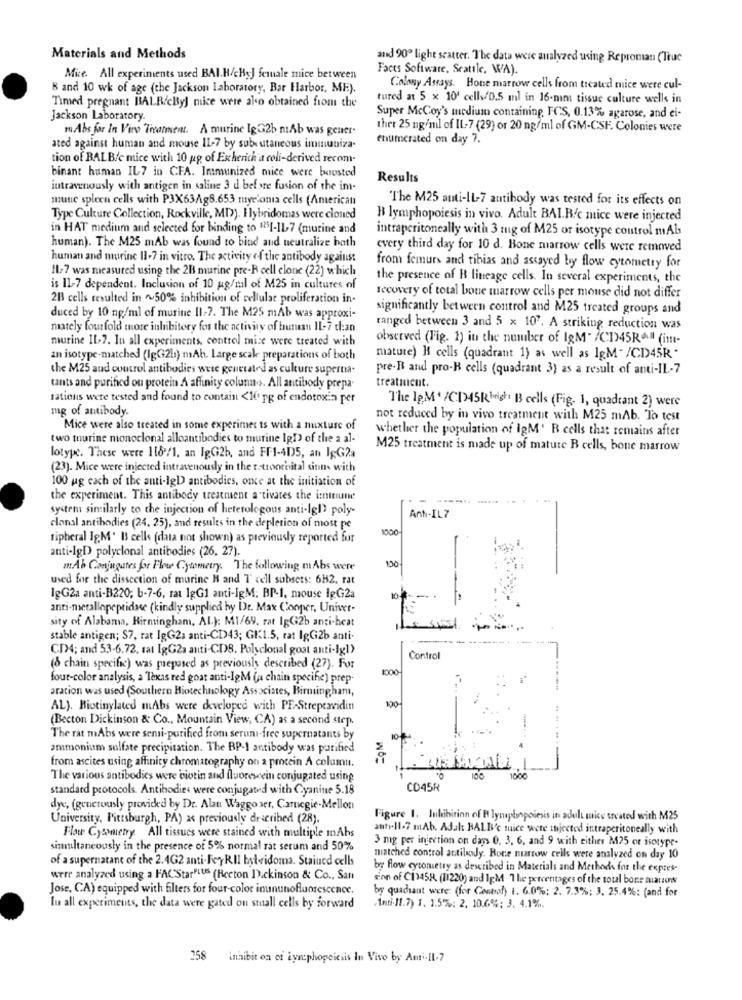
Materials and Methods
and 90º light scatter. The data were analyzed using Reproman (True
Facts Software, Seattle, WA).
Mice. All experiments used BAI.H/cHyJ female mice between
B and 10 wk of age (the Jackson laboratory, Bar Harbor, ME).
Colony Assays. Bone marrow cells from ticated mice were cul-
Timed pregnant BALR/cByl mice were ako obtained from the
tured at 5 x 10' cells/0.5 ml in 16-mim tissue culture wells in
Jackson Laboratory.
Super McCoy's medium containing, FCS, 0.13% agarose, and ei-
mi Abs for In Vir Treatment. A murine IgG2b mAb was gener.
ther 25 ng/mil of IL-7 (29) or 20 ng/ml of GM-CSF. Colonies were
enumerated on day 7.
ated against human and mouse 11-7 by sub utaneous immuniza-
tion of BALB/c mice with 10 ug of Escherich a celi-derived recom-
binant human IL-7 in CFA. Immunized mice were boosted
Results
intravenously with antigen in saline 3 d bel sre fusion of the im-
mune spleen cells with P3X63Ag8.653 muyelonia cells (American
The M25 anti-IL-7 antibody was tested for its effects on
Type Culture Collection, Rockville, MD). Ilybridomas were cloned
B lymphopoiesis in vivo. Adult BAI.R/c mice were injected
in HAT medium and selected for binding to 125[-11-7 (murine and
intraperitoneally with 3 mg of M25 or isotype control mAb
human). The M25 mAb was found to bind and neutralize both
every third day for 10 d. Bone marrow cells were removed
human and murine 11-7 in vitro. The activity of the antibody against
Il-7 was measured using the 2H murine pre-R cell clone (22) which
from femurs and tibias and assayed by flow cytometry for
the presence of I lineage cells. In several experiments, the
is 11-7 dependent. Inclusion of 10 g/ml of M25 in cultures of
2B cells resulted in ~50% inhibition of cellular proliferation in-
recovery of total bone marrow cells per mouse did not differ
significantly between control and M25 treated groups and
duced by 10 ng/ml of murine 11-7. The M25 mAb was approxi-
mately fourfold more inhibitory for the activity of buman IL-7 than
ranged between 3 and 5 x 107. A striking reduction was
murine IL-7. In all experiments, control mice were treated with
observed (Fig. 1) in the number of IgM" /CI45R*" (im-
an isotype-matched (lgG2b) mAh. Large scale preparations of both
mature) Hi cells (quadrant 1) as well as IgM"/CD45R "
the M25 and control antibodies were generated as culture superna-
pre-B and pro-B cells (quadrant 3) as a result of anti-IL-7
tants and purified ou protein A affinity colunas. All antibody prepa-
treatiucut.
tations were tested and found to contain <10 pg of endotoxin per
The IgM' /CD45Right B cells (Fig. 1, quadrant 2) were
mg of antibody.
not reduced by in vivo treatment with M25 mAb. To test
Mice were also treated in some experimet ts with a mixture of
whether the population of IgM' R cells that remains after
two tourine monoclonal alloantibodies to murine IgD of the a al-
M25 treatment is made up of mature B cells, bone marrow
lotype. These were 1187/1, an IgG2b, and FF1-4D5, an IgG2a
(23). Mice were injected intravenously in the t-troorbital sinn with
100 ug each of the anti-IgD antibodies, once at the initiation of
the experiment. This antibody treatment activates the intenune
system similarly to the injection of heterologous anti-lg!) poly-
Anti-IL7
clonal antibodies (24. 25), and results in the depletion of most pe
1000
ripheral IgM' IS cells (data not shown) as previously reported for
anti-IgD polyclonal antibodies (26, 27).
m.Ab Conjugates for Flow Cytometry. The following m Abs were
used for the dissection of murine H and T cell subsets: 6H2, rat
lgG2a anti-B220; b-7-6, rat 1gG1 anti-IgM. BP-1, mouse IpG2a
-
anti-metallopeptidase (kindly supplied by Dr. Max Cooper, Univer-
sity of Alabama, Birmingham, Al.): M1/69. rat IgG2b anti-heat
stable antigen; S7, rat IgG2a anti-CD43; GK1.5, rat lgG2b anti-
C[4; and 53-6.72, rat IgG2a anti-CD8. Polyclonal goat anti-lgl)
Control
(& chain specific) was prepared as previously described (27). For
four-color analysis, a 'Texas red goat anti-IgM (a chain specific) prep.
aration was used (Southern Hiotechnology Associates, Birmingham,
100
AL). Biotinylated mAbs were developed with PE-Strepeavidin
(Becton Dickinson & Co ., Mountain View, CA) as a second step.
The rat mAbs were semi-purified from serum-free supernatants by
ammonium sulfate precipitation. The BP-1 antibody was purified
from ascites using affinity chromatography on 2 procein A column.
WOT
The various antibodies were biotin and fluorescein conjugated using
1000
standard protocols. Antibodies were conjugated with Cyaninie 5.18
CO45R
dyc, (generously provided by Dr. Alan Waggo ser, Carnegie-Mellon
University, Pittsburgh, PA) as previously described (28).
Figure 1. Julibirion of B lynphopoiesis in adult sice treated with M25
anti-11-7 mAb. Adalt HALB's mice were injected intraperitoneally with
Flow Cysymetry. All tissues were stained with multiple mAhs
3 mg per injection on days 0. 3, 6, and 9 with either M25 or isotype-
sinmiltaneously in the presence of 5% normal rat serum and 50%
of a supernatant of the 2.4G2 anti-FeyRII bytridoma. Stained cells
matched control attiliody. Rone narrow cells were analyzed on day 10
by flow cytometry as described in Materials and Methods for the expres-
were analyzed using a FACStarPLUS (Becton Dickinson & Co ., San
son of CI)45R. (11220) and IgM The percentages of the total bore mations
Jose, CA) equipped with filters for four-color inununofluorescence.
by quadrant were: (for Control) i. 6.0%: 2. 7.3%; 3. 25.4%: (and for
lu all experiments, the data were gated ou stuall cells by forward
.Anti.11.7) 1. 1.5%: 2, 10.6%: 3. 4.1%.
258 Inhibit on of Lymphopoiesis In Vivo by Anti-Il.7